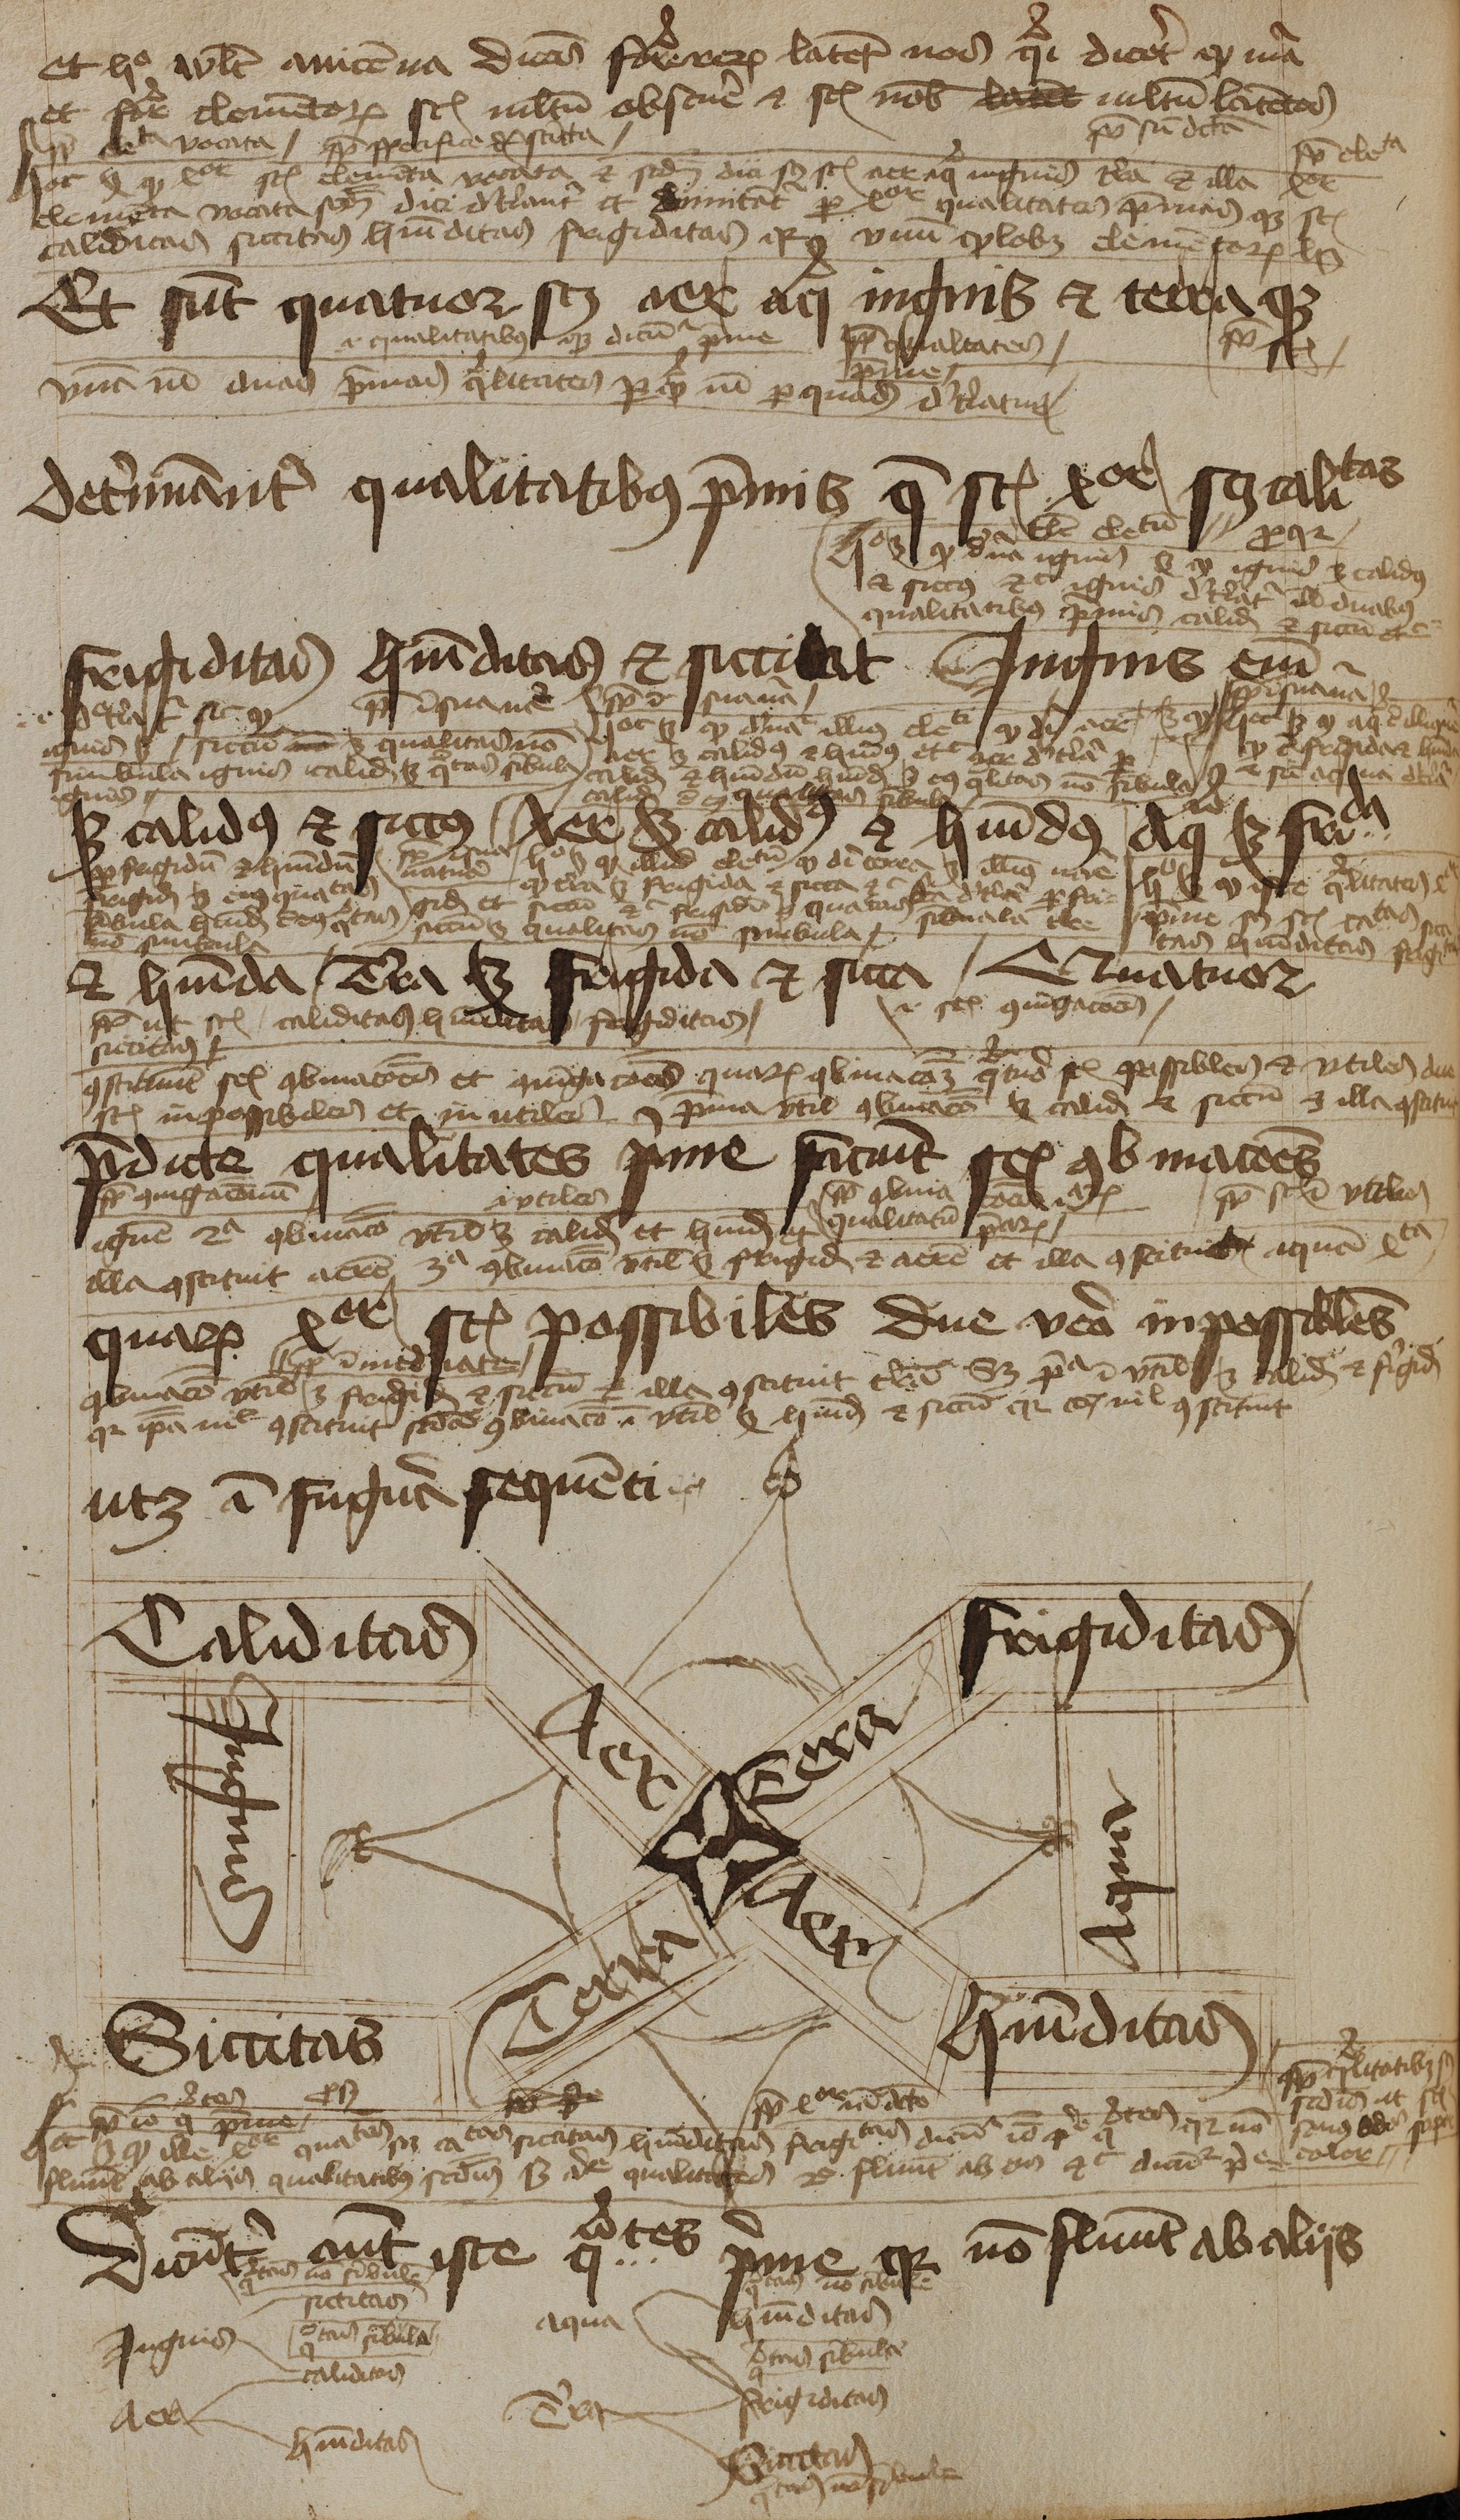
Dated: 1450–1474